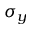
\sigma _ { y }